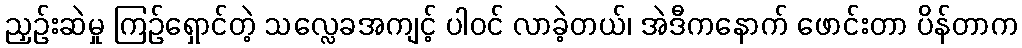
ညှဉ်းဆဲမှု ကြဉ်ရှောင်တဲ့ သလ္လေခအကျင့် ပါဝင် လာခဲ့တယ်၊ အဲဒီကနောက် ဖောင်းတာ ပိန်တာက